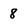
Character: 8